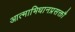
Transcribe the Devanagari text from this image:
आत्माभिधानप्रसक्तौ